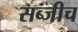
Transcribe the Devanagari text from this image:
सब्जीच